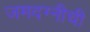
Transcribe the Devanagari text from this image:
जमदग्नीची